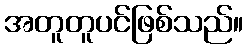
အတူတူပင်ဖြစ်သည်။